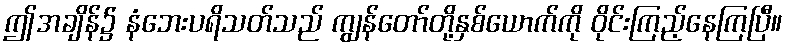
ဤအချိန်၌ နံဘေးပရိသတ်သည် ကျွန်တော်တို့နှစ်ယောက်ကို ဝိုင်းကြည့်နေကြပြီ။